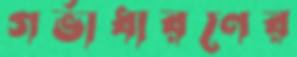
গর্ভাধারণের